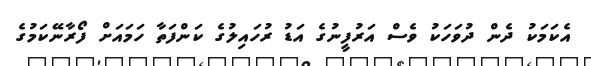
އެކަމަކު ދެން ދުވަހަކު ވެސް އަރުފީނުގެ އަޑު ރުހައިލުގެ ކަންފަތާ ހަމައަށް ފޯރާނޭކަމުގެ